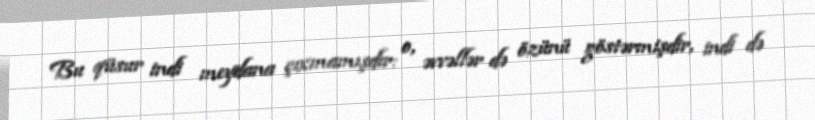
Bu qüsur indi meydana çıxmamışdır: o, əvvəllər də özünü göstərmişdir, indi də